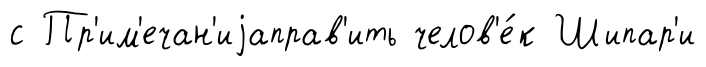
с Пр'им'ечан'иjаправ'ить челов'е́к Шипар'и